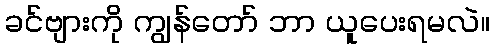
ခင်ဗျားကို ကျွန်တော် ဘာ ယူပေးရမလဲ။